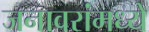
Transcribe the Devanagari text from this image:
जनावरांमध्ये